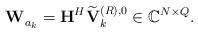
LaTeX: \begin{align*}\mathbf{W}_{a_k}^{} = \mathbf{H}^H\widetilde{\mathbf{V}}_k^{(R),0} \in \mathbb{C}^{N \times Q}.\end{align*}